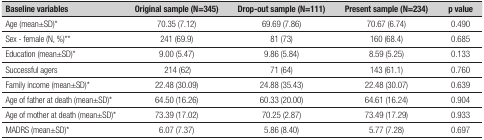
<table><thead><tr><td><b>Baseline variables</b></td><td><b>Original sample (N=345)</b></td><td><b>Drop-out sample (N=111)</b></td><td><b>Present sample (N=234)</b></td><td><b>p value</b></td></tr></thead><tbody><tr><td>Age (mean±SD)*</td><td>70.35 (7.12)</td><td>69.69 (7.86)</td><td>70.67 (6.74)</td><td>0.490</td></tr><tr><td>Sex - female (N, %)**</td><td>241 (69.9)</td><td>81 (73)</td><td>160 (68.4)</td><td>0.685</td></tr><tr><td>Education (mean±SD)*</td><td>9.00 (5.47)</td><td>9.86 (5.84)</td><td>8.59 (5.25)</td><td>0.133</td></tr><tr><td>Successful agers</td><td> 214 (62)</td><td>71 (64)</td><td>143 (61.1)</td><td>0.760</td></tr><tr><td>Family income (mean±SD)*</td><td>22.48 (30.09)</td><td>24.88 (35.43)</td><td>22.48 (30.07)</td><td>0.639</td></tr><tr><td>Age of father at death (mean±SD)*</td><td>64.50 (16.26)</td><td>60.33 (20.00)</td><td>64.61 (16.24)</td><td>0.904</td></tr><tr><td>Age of mother at death (mean±SD)*</td><td>73.39 (17.02)</td><td>70.25 (2.87)</td><td>73.49 (17.29)</td><td>0.933</td></tr><tr><td>MADRS (mean±SD)*</td><td>6.07 (7.37)</td><td>5.86 (8.40)</td><td>5.77 (7.28)</td><td>0.697</td></tr></tbody></table>